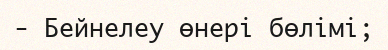
- Бейнелеу өнері бөлімі;